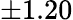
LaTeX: \pm 1.20